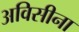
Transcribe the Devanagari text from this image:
अविसीना